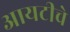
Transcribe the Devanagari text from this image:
आयटीचे